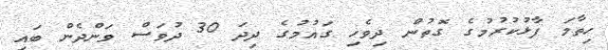
ހިތާމަ ފާޅުކުރުމުގެ ގޮތުން ދިވެހި ގައުމުގެ ދިދަ 30 ދުވަސް ވަންދެން ބައި